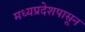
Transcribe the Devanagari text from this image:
मध्यप्रदेशपासून